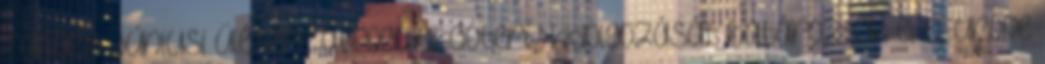
Tanács júniusi ülésére átfogó akcióterv kidolgozását határozták el eEurope